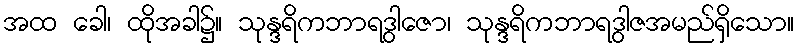
အထ ခေါ၊ ထိုအခါ၌။ သုန္ဒရိကဘာရဒွါဇော၊ သုန္ဒရိကဘာရဒွါဇအမည်ရှိသော။